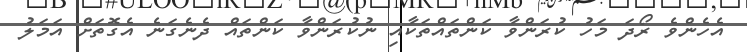
އެހެންވެ ރޯދަ މަހު ކުރަންވާ ކަންތައްތަކާއި ނުކުރަންވާ ކަންތައް ދެނެގަނެ އެގޮތަށް އަމަލު